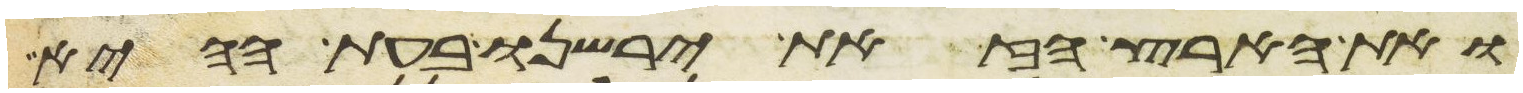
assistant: ואת הארץ הזאת ירשנו בעת ההיא